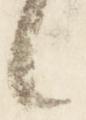
々